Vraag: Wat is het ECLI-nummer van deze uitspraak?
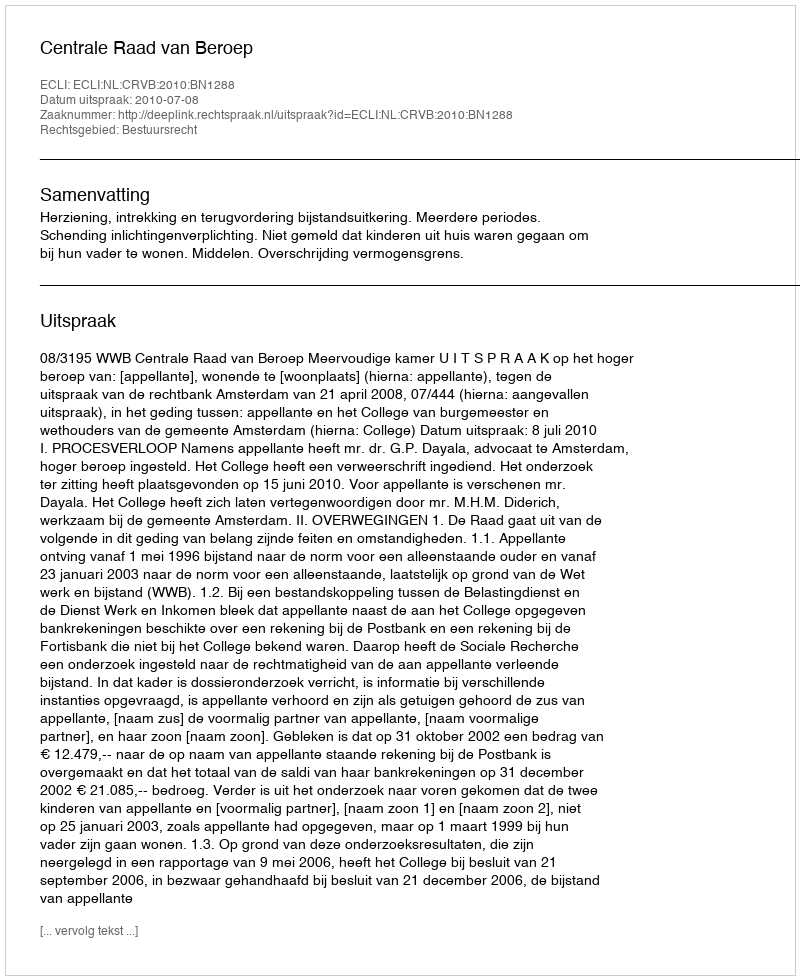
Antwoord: ECLI:NL:CRVB:2010:BN1288